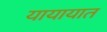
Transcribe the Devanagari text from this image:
यायायात